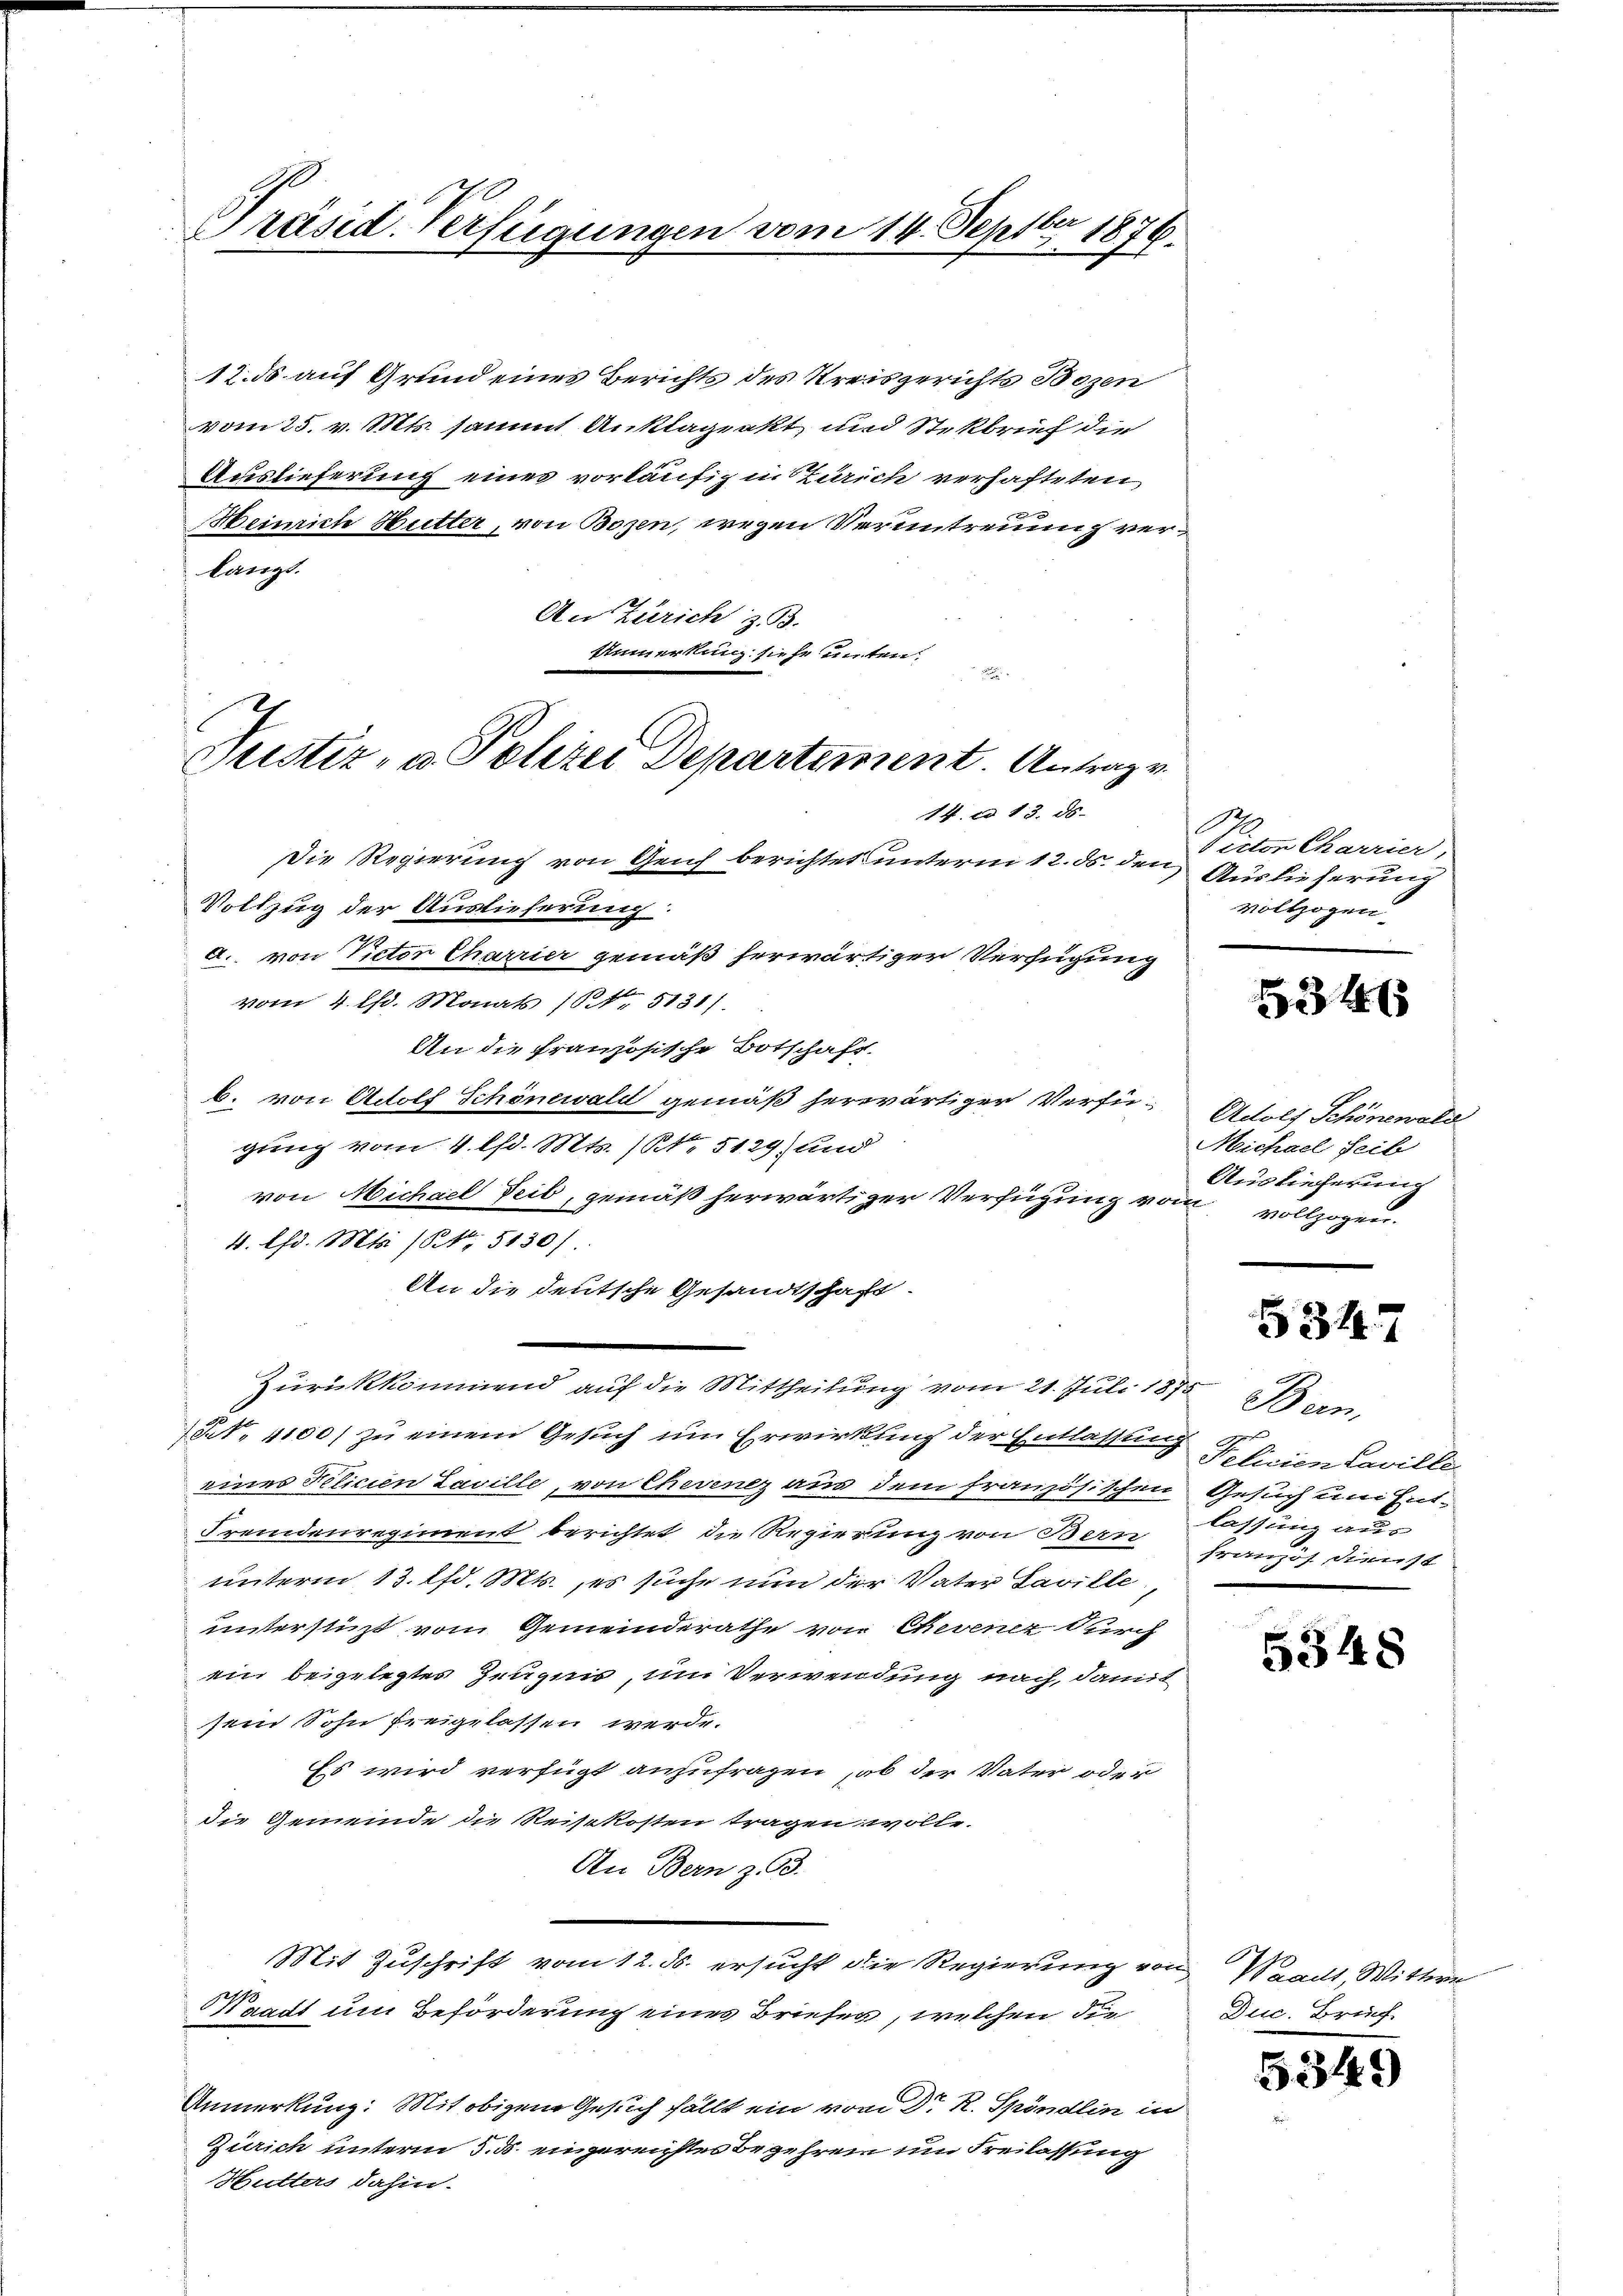
be
Präsid. Verfügungen vom 14. Sept. 1876.

Justiz- u. Polizei Departement. Antragen

12. ds auf Grund eines Berichts des Kreisgerichts Bozen
vom 25. v. Mts. sammt Anklageakt und Stekbrief die
Auslieferung eines vorläufig in Zürich verhafteten,
Heinrich Hutter, von Bozen, wegen Veruntreuung verlangt.
An Zürich z. B.
Anmerkung siehe unten.
14. ad 13. ds. |
Die Regierung von Geich berichtet unterm 12. ds. den Auslieferung

Vollzug der Auslieferung:
A. von Victor Charrier gemäß herwärtiger Verfügung
vom 4. lfd. Monats (§ 5131).
An die französische Botschaft.
b. von Adolf Schönewald gemäß herwärtiger Verfügung vom 4. lfd. Mts. (No 5129) und
von Michael Teil, gemäß herwärtiger Verfügung vom vollzogen.
4. lfd. Mts. (Nr. 5130/
An die deutsche Gesandtschaft.
Zurückkommend auf die Mittheilung vom 21. Juli 1875
(§. 1100) zu einem Gesuch um Erwirkung der Entlassung Ferien Caville
eines Felicien Laville, von Chevenez aus dem französischen Gesuch um Ent¬
Fremdenregiment berichtet die Regierung von Bern
unterm 13. lfd. Mts., es suche nun der Vater Laville
unterstüzt vom Gemeinderathe von Chevenez durch
ein beigelegtes Zeugnis, um Verwendung nach, damit
sein Sohn freigelassen werde.
Es wird verfügt anzufragen, ob der Vater oder
die Gemeinde die Reisekosten tragen wolle.
An Bern z. B.
Mit Zuschrift vom 12. ds. ersucht die Regierung von Waadt, Wittwe
Waadt um Beförderung eines Briefen, welchen die
Anmerkung. Mit obigem Gesuch fällt ein vom Dr. R. Spöndlin in
Zürich unterm 5. ds. eingereichtes Begehren um Freilassung
Hutters dahin.

Victor Charrier,
vollzogen.

524

Adolf Schönewald
Michael Leib
Auslieferung

534

Bern,
lassung aus
französ. Dienst

5348

Duc. Brief

5349